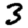
Digit: 3